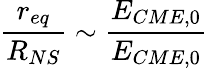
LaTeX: \frac{r_{eq}}{R_{NS}}\sim\frac{E_{CME,0}}{E_{CME,0}}